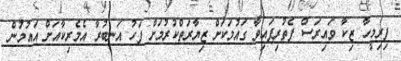
ފިރިމީހާ ޒިކާ ވައިރަސް ފެތުރިފައިވާ ގައުމަކަށް ޒިޔާރަތްކުރުމަށް ފަހު އަނބުރާ އެމެރިކާއަށް އައުމުން